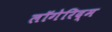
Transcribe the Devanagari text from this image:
लॉगेरिद्म